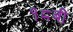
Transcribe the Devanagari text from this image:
१८बी